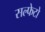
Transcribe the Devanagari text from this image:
सल्फेटो